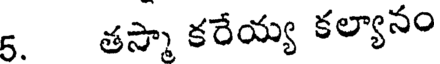
5. తస్మా కరేయ్య కల్యానం